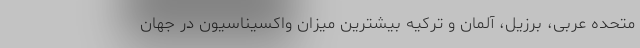
متحده عربی، برزیل، آلمان و ترکیه بیشترین میزان واکسیناسیون در جهان